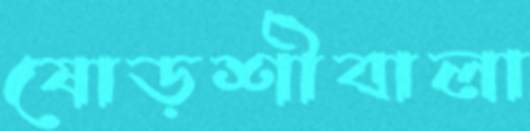
ষোড়শীবালা